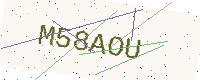
Text: M58AOU